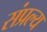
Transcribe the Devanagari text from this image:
संप्रल्य